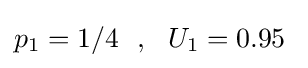
p_{1}=1/4~~,~~U_{1}=0.95~